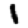
Digit: 1